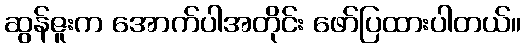
ဆွန်ဇူးက အောက်ပါအတိုင်း ဖော်ပြထားပါတယ်။